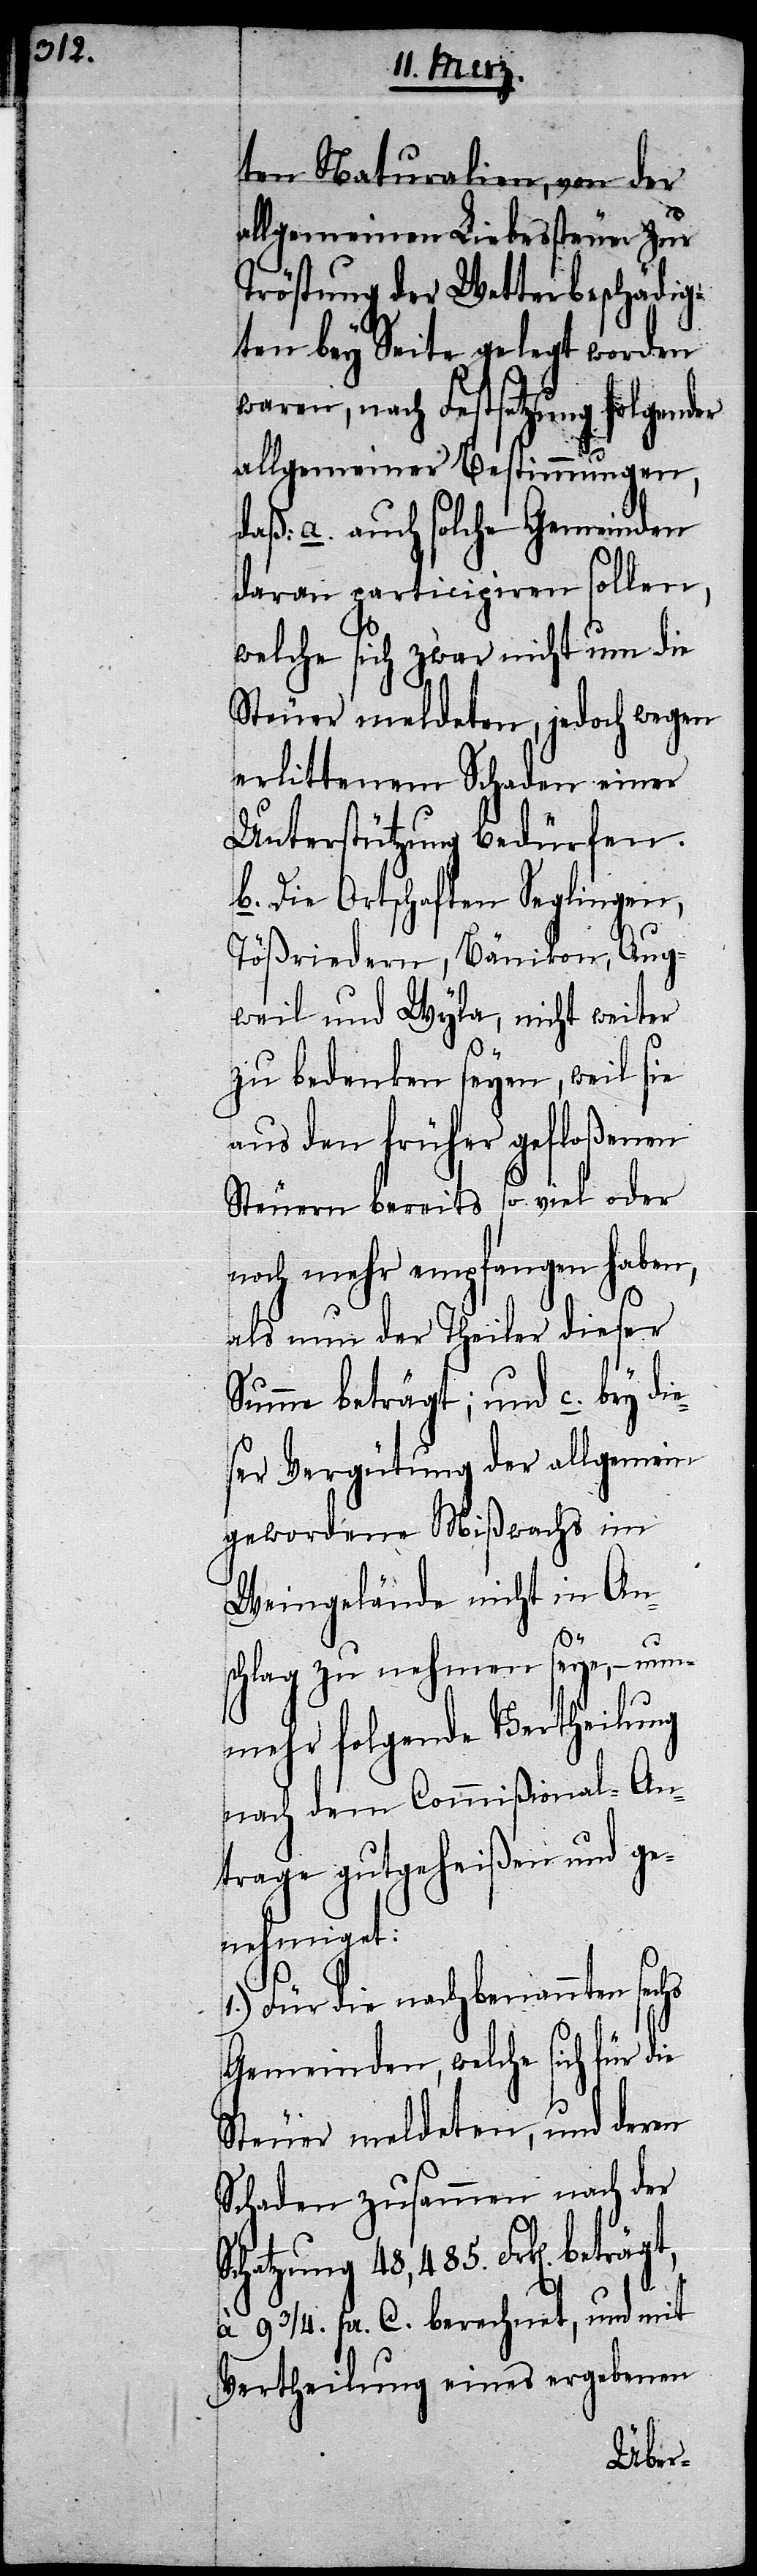
ten Naturalien, von der
allgemeinen Liebessteuer zur
Tröstung der Wetterbeschädig¬
ten bey Seite gelegt worden
waren, nach Festsetzung folgender
allgemeiner Bestimmungen,
daß: a. auch solche Gemeinden
daran participiren sollen,
welche sich zwar nicht um die
Steuer meldeten, jedoch wegen
erlittenem Schaden einer
Unterstützung bedürfen.
b. Die Ortschaften Seglingen,
Tößriedern, Bänikon, Aug¬
weil und Wyla, nicht weiter
zu bedenken seyen, weil sie
aus den früher gefloßenen
Steuern bereits so viel oder
noch mehr empfangen haben,
als nun der Theiler dieser
Summe beträgt; und c. bey die¬
ser Vergütung der allgemein
gewordene Mißwachs im
Weingelände nicht in An¬
schlag zu nehmen seye, – nu¬
nmehr folgende Vertheilung
nach dem Commißional-An¬
trage gutgeheißen und ge¬
nehmiget:
Für die nachbenannten sechs
Gemeinden, welche sich für die
Steuer meldeten, und deren
Schaden zusammen nach der
Schatzung 48,485. Frk[en].
à 9 3/4. pr. C. berechnet, und mit
Vertheilung eines ergebenen